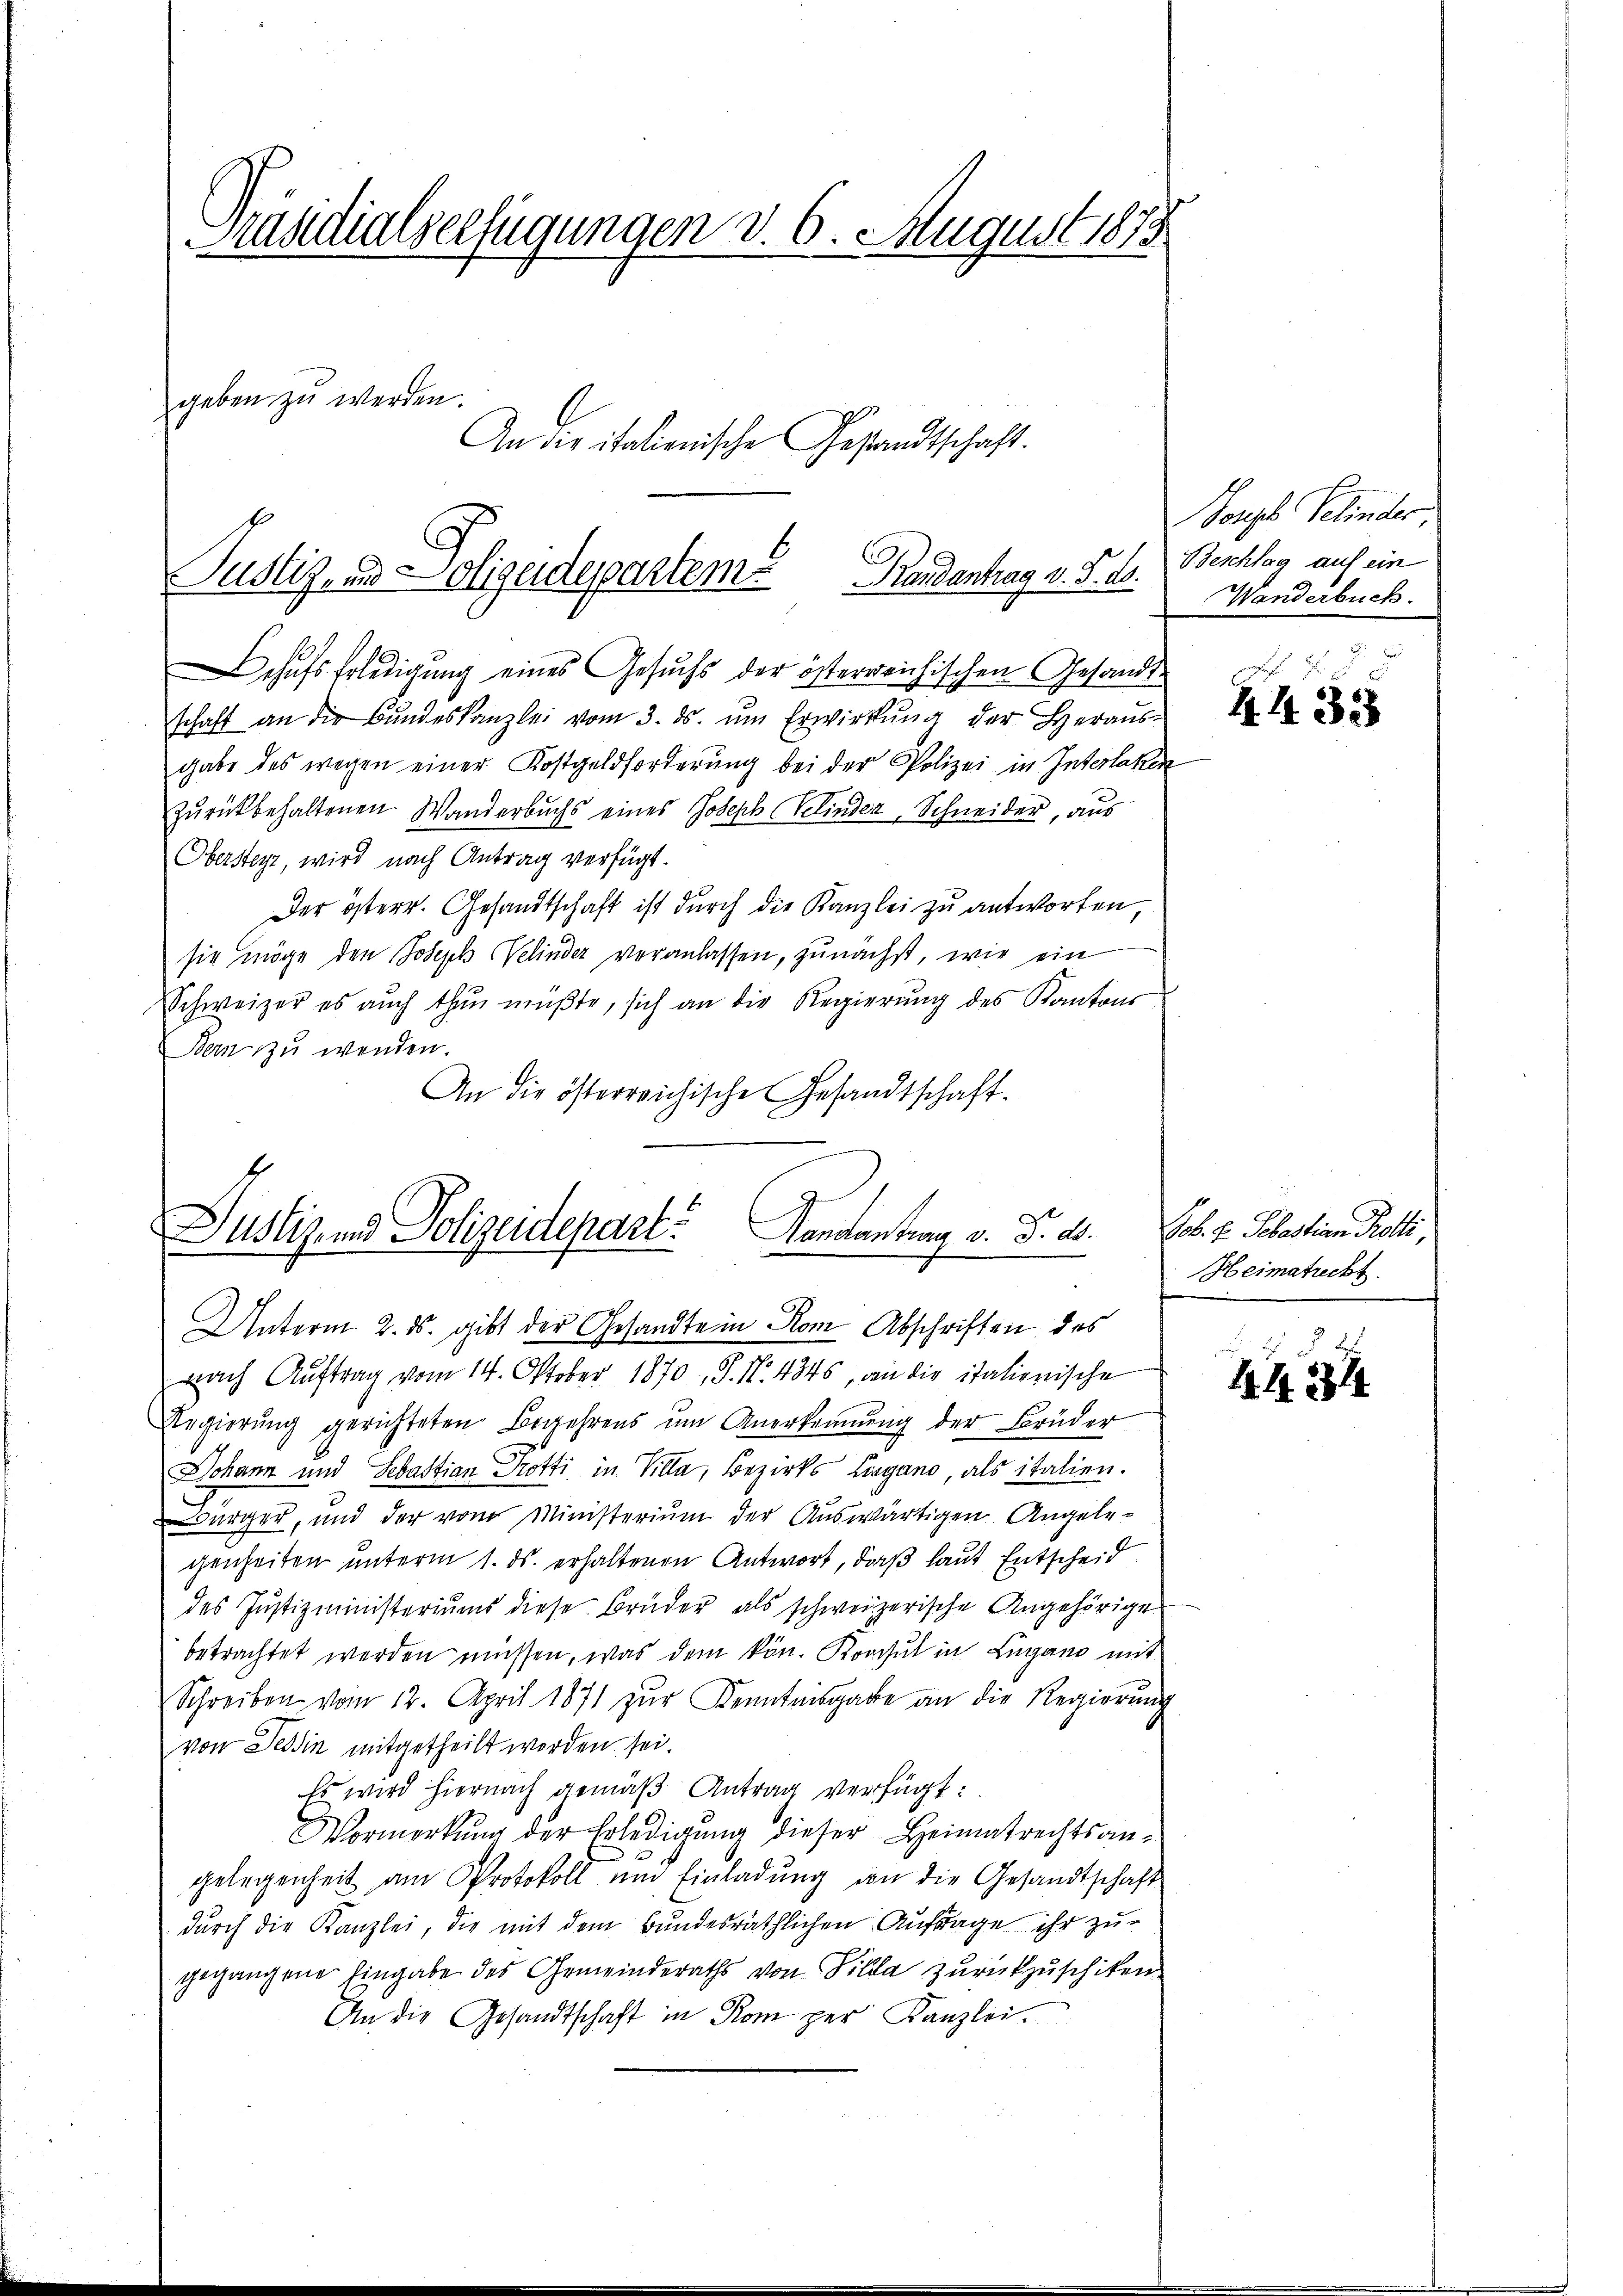
Krasdialverfügungen d. 6. August 1873.
geben zu werden.
An die italienische Gesandtschaft.

hufs Erledigung eines Gesuchs der österreichischen Gesandtschaft an die Bundeskanzlei vom 3. ds. ŭm Erwirkung der Heraus-
gabe des wegen einer Kostgeldforderung bei der Polizei in Interlaken
zŭrückbehaltenen Wanderbuchs eines Joseph Selinder, Schneider, aus
Obersteyt, wird nach Antrag verfügt.
Der österr. Gesandtschaft ist durch die Kanzlei zu antworten
sie möge den Joseph Velinder veranlassen, zunächst, wie ein
Schweizer es auch thun müβte, sich an die Regierŭng des Kantons
Bern zu wenden.
An die österreichische Gesandtschaft.

Justiz, und Polizeidepartem Randantrag v. S. 10.

Justizend Polizeidepart? Handantrag v. d. d.
Unterm 2. ds. gibt der Gesandte in Rom Abschriften des

nach Auftrag vom 14. Oktober 1870, S. N. 4346, an die italionische
Regierung gerichteten Begehrens um Anerkennung der Brüder
Johann und Sebastian Protti in Villa, Bezirks Lugano, als italien.
Bürger, und der vom Ministerium der Auswärtigen Angelegenheiten unterm 1. ds. erhaltenen Antwort, daß laut Entscheid
des Justizministeriums diese Bruder als schweizerische Angehörige
betrachtet werden müssen, was dem kön. Konsul in Lugano mit
Schreiben vom 12. April 1871 zŭr Kenntnisgabe an die Regierŭng
von Tessin mitgetheilt worden sei.
Es wird hiernach gemäß Antrag verfügt:
Vormerkŭng der Erledigŭng dieser Heimatrechtsan-
gelegenheit am Protokoll um Einladung in die Gesandtschaft
durch die Kanzlei, die mit dem Bundesräthlichen Auftrage ihr zu-
gegangene Eingabe des Gemeinderaths von Villa zurückzuschiken.
An die Gesandtschaft in Rom per Kanzlei.

Nonzes Selinder
Beschlag auf ein
Wanderbuch.
d

44328

Job. E. Sebastian Kotti
Heimatreckt.

41254